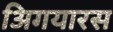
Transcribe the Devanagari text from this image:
अिगयारस